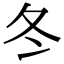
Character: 冬